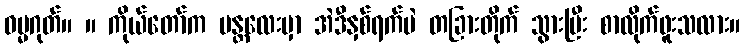
ဓမ္မဂုတ်။ ။ ကိုယ်တော်က မန္တလေးမှာ အဲဒီနှစ်ရက်ပဲ တခြားတိုက် သွားပြီး စာလိုက်ဖူးသလား။